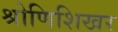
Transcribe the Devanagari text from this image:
श्रोणिशिखर